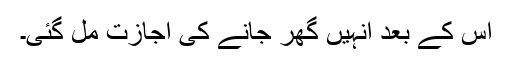
اس کے بعد انہیں گھر جانے کی اجازت مل گئی۔